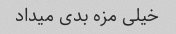
خیلی مزه بدی میداد